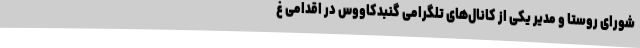
شورای روستا و مدیر یکی از کانال‌های تلگرامی گنبدکاووس در اقدامی غ